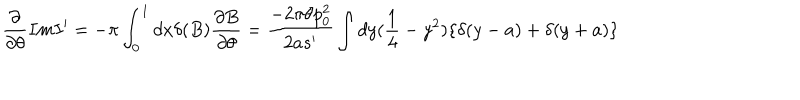
\frac { \partial } { \partial \theta } I m I ^ { \prime } = - \pi \int _ { 0 } ^ { 1 } d x \delta ( B ) \frac { \partial B } { \partial \theta } = \frac { - 2 \pi \theta p _ { 0 } ^ { 2 } } { 2 a s ^ { \prime } } \int d y ( \frac { 1 } { 4 } - y ^ { 2 } ) \{ \delta ( y - a ) + \delta ( y + a ) \}